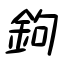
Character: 鉤